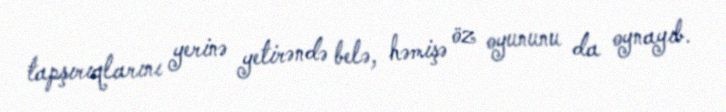
tapşırıqlarını yerinə yetirəndə belə, həmişə öz oyununu da oynayıb.